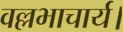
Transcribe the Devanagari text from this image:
वल्लभाचार्य।